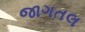
જાગતલ